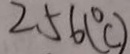
2 . 5 6 ( ^ { \circ } C )